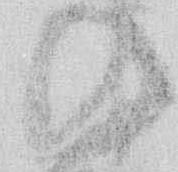
の